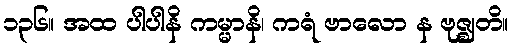
၁၃၆။ အထ ပါပါနိ ကမ္မာနိ၊ ကရံ ဗာလော န ဗုဇ္ဈတိ။